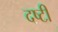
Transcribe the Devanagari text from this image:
दष्टी